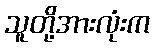
သူတို့အားလုံးက